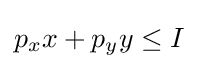
p_{x}x+p_{y}y\leq I